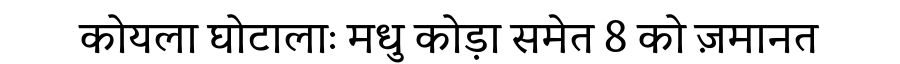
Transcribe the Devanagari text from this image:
कोयला घोटालाः मधु कोड़ा समेत 8 को ज़मानत